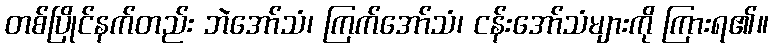
တစ်ပြိုင်နက်တည်း ဘဲအော်သံ၊ ကြက်အော်သံ၊ ငန်းအော်သံများကို ကြားရ၏။